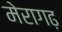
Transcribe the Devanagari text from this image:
मेरागढ़